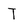
Character: T